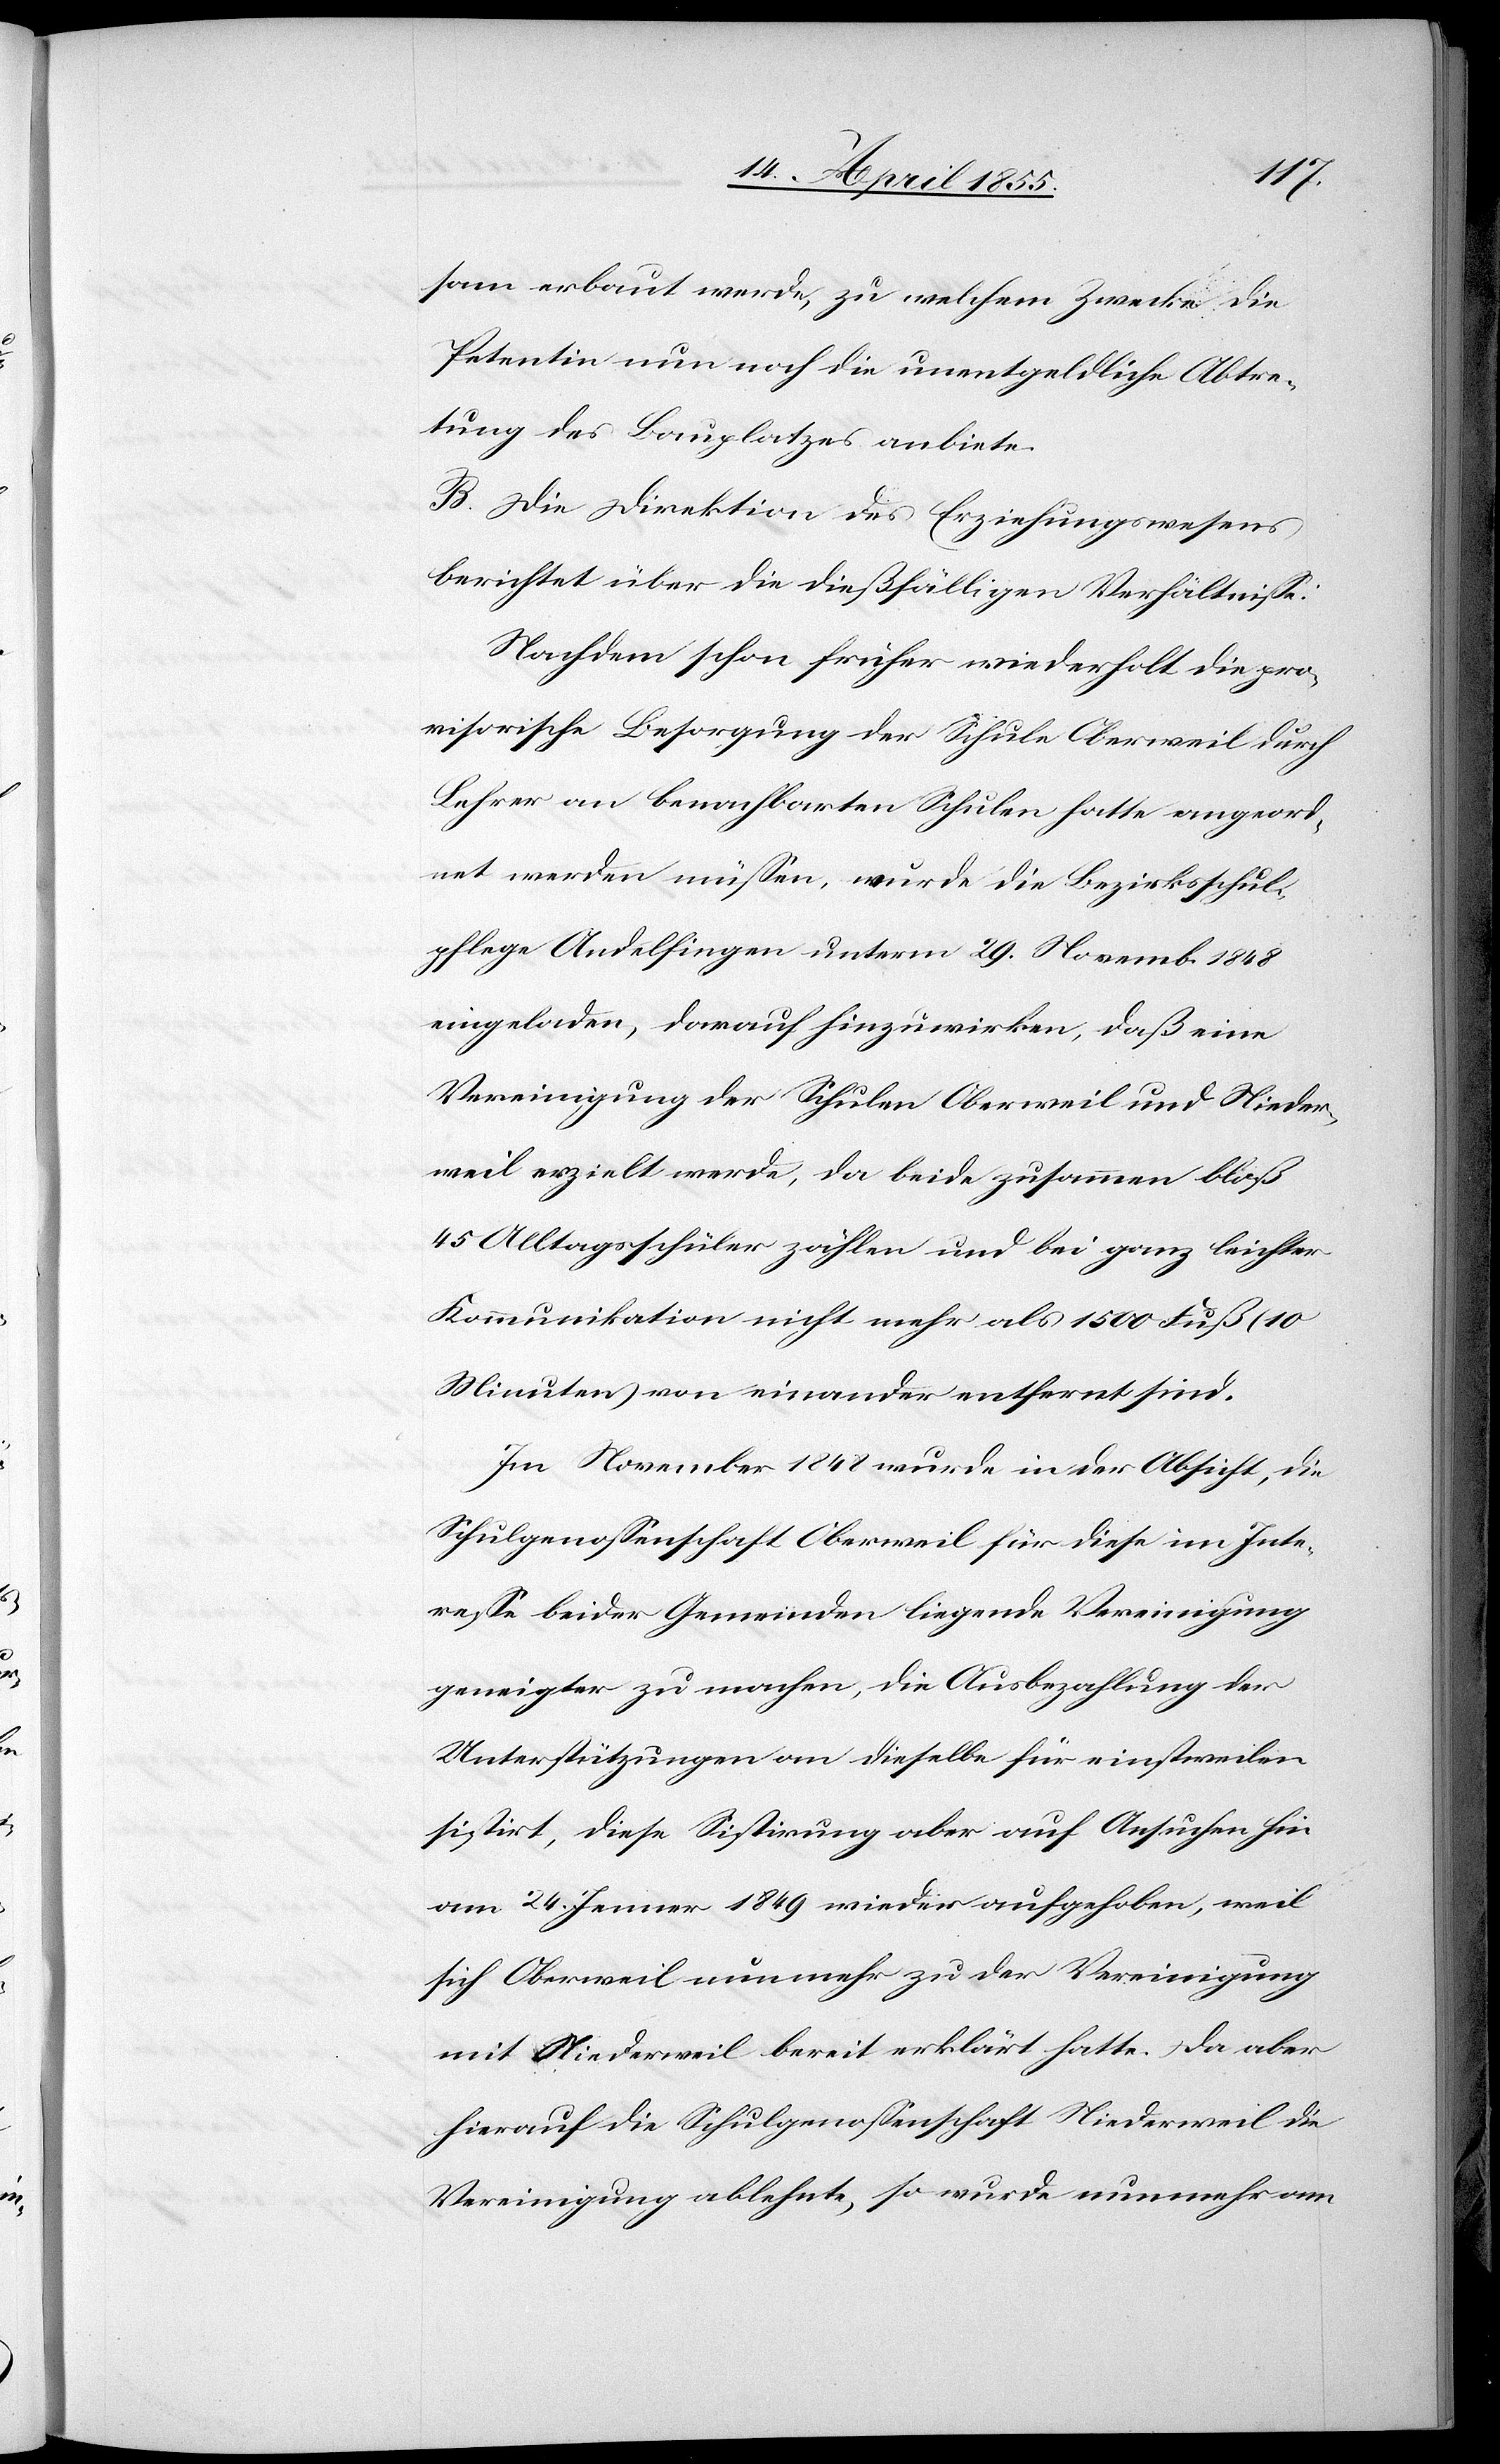
sam erbaut werde, zu welchem Zwecke die
Petentin nun noch die unentgeldliche Abtre¬
tung des Bauplatzes anbiete.
B. Die Direktion des Erziehungswesens
berichtet über die dießfälligen Verhältnisse:
Nachdem schon früher wiederholt die pro¬
visorische Besorgung der Schule Oberweil durch
Lehrer an benachbarten Schulen hatte angeord¬
net werden müssen, wurde die Bezirksschul¬
pflege Andelfingen unterm 29. Novemb. 1848
eingeladen, darauf hinzuwirken, daß eine
Vereinigung der Schulen Oberweil und Nieder¬
weil erzielt werde, da beide zusammen bloß
45 Alltagsschüler zählen und bei ganz leichter
Kommunikation nicht mehr als 1500 Fuß (10
Minuten) von einander entfernt sind.
Im November 1848 wurde in der Absicht, die
Schulgenossenschaft Oberweil für diese im Inte¬
resse beider Gemeinden liegende Vereinigung
geneigter zu machen, die Ausbezahlung der
Unterstützungen an dieselbe für einstweilen
sistirt, diese Sistirung aber auf Ansuchen hin
am 24. Jenner 1849 wieder aufgehoben, weil
sich Oberweil nunmehr zu der Vereinigung
mit Niederweil bereit erklärt hatte. Da aber
hierauf die Schulgenossenschaft Niederweil die
Vereinigung ablehnte, so wurde nunmehr am